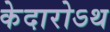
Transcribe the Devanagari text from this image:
केदारोऽथ